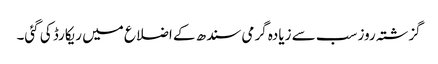
گزشتہ روز سب سے زیادہ گرمی سندھ کے اضلاع میں ریکارڈ کی گئی۔